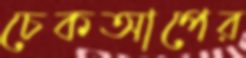
চেকআপের